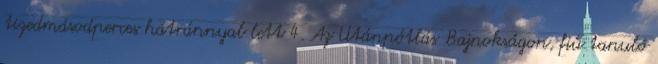
tizedmásodperces hátránnyal lett 4. Az Utánpótlás Bajnokságon, fiú tanuló